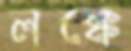
লক্কে